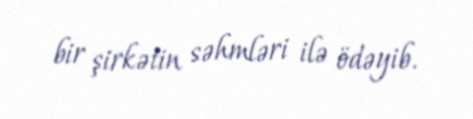
bir şirkətin səhmləri ilə ödəyib.